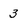
Character: 3